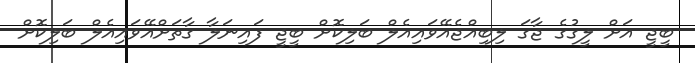
ބީޖީ އަށް ލީގުގެ ޖާގަ ލިބިއްޖެއޭވައިއެލް ބަލިކޮށް ބީޖީ ފައިނަލާ ގާތަށްއޭވައިއެލް ބަލިކޮށް